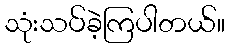
သုံးသပ်ခဲ့ကြပါတယ်။